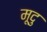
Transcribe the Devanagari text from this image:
मूदु